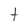
Character: t